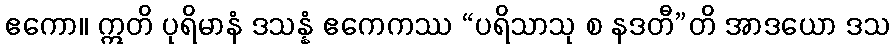
ဧကော။ ဣတိ ပုရိမာနံ ဒသန္နံ ဧကေကဿ “ပရိသာသု စ နဒတီ”တိ အာဒယော ဒသ